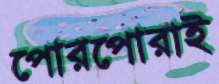
পোরপোরাই